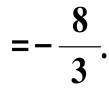
\(=-\dfrac{8}{3}.\)